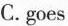
C.goes